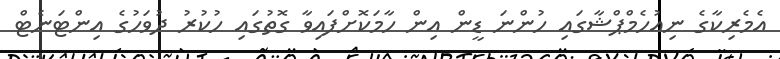
އެމެރިކާގެ ނިއުހެމްޕްޝާގައި ހުންނަ ޑީން އިން ހާމަކޮށްފައިވާ ގޮތުގައި ހުކުރު ދުވަހުގެ އިންޓަނެޓް